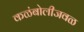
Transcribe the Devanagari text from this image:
कळंबोलीजवळ